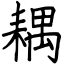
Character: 耦